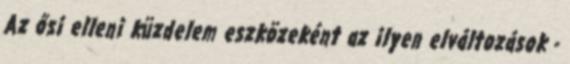
Az ősi elleni küzdelem eszközeként az ilyen elváltozások -